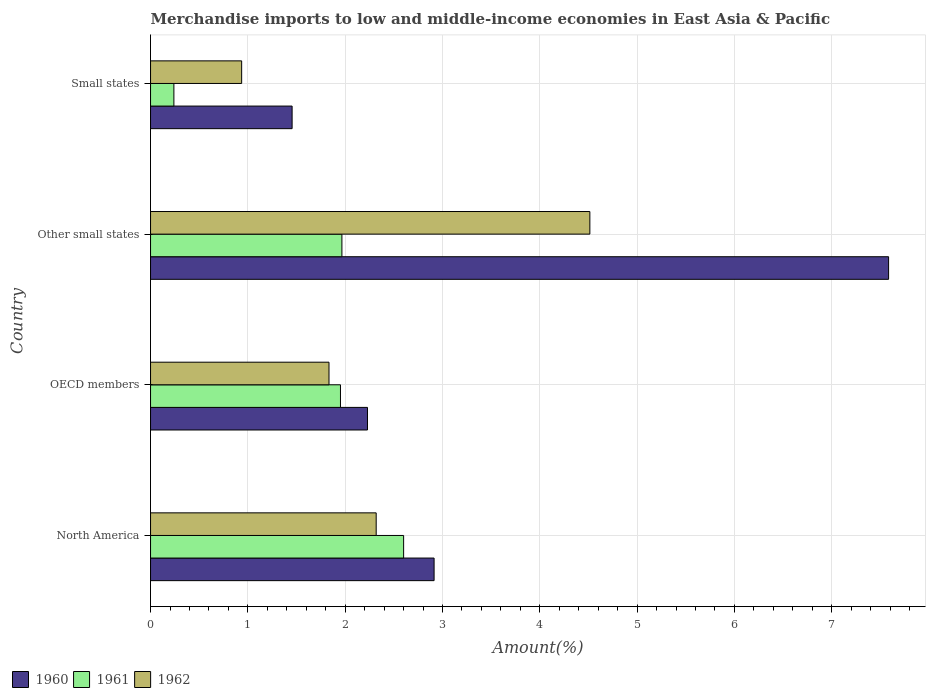
| Country | 1960 | 1961 | 1962 |
 | --- | --- | --- | --- |
 | North America | 2.91 | 2.6 | 2.32 |
 | OECD members | 2.23 | 1.95 | 1.83 |
 | Other small states | 7.58 | 1.97 | 4.51 |
 | Small states | 1.45 | 0.24 | 0.936 |